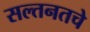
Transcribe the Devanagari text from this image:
सल्तनतचे